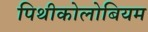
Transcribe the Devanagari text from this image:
पिथीकोलोबियम